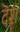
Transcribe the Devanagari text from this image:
दॆश